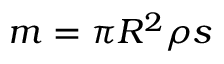
m = \pi R ^ { 2 } \rho s